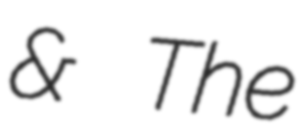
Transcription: & The